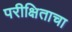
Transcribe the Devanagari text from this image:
परीक्षिताचा